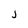
Character: j